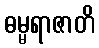
ဓမ္မရာဇာတိ